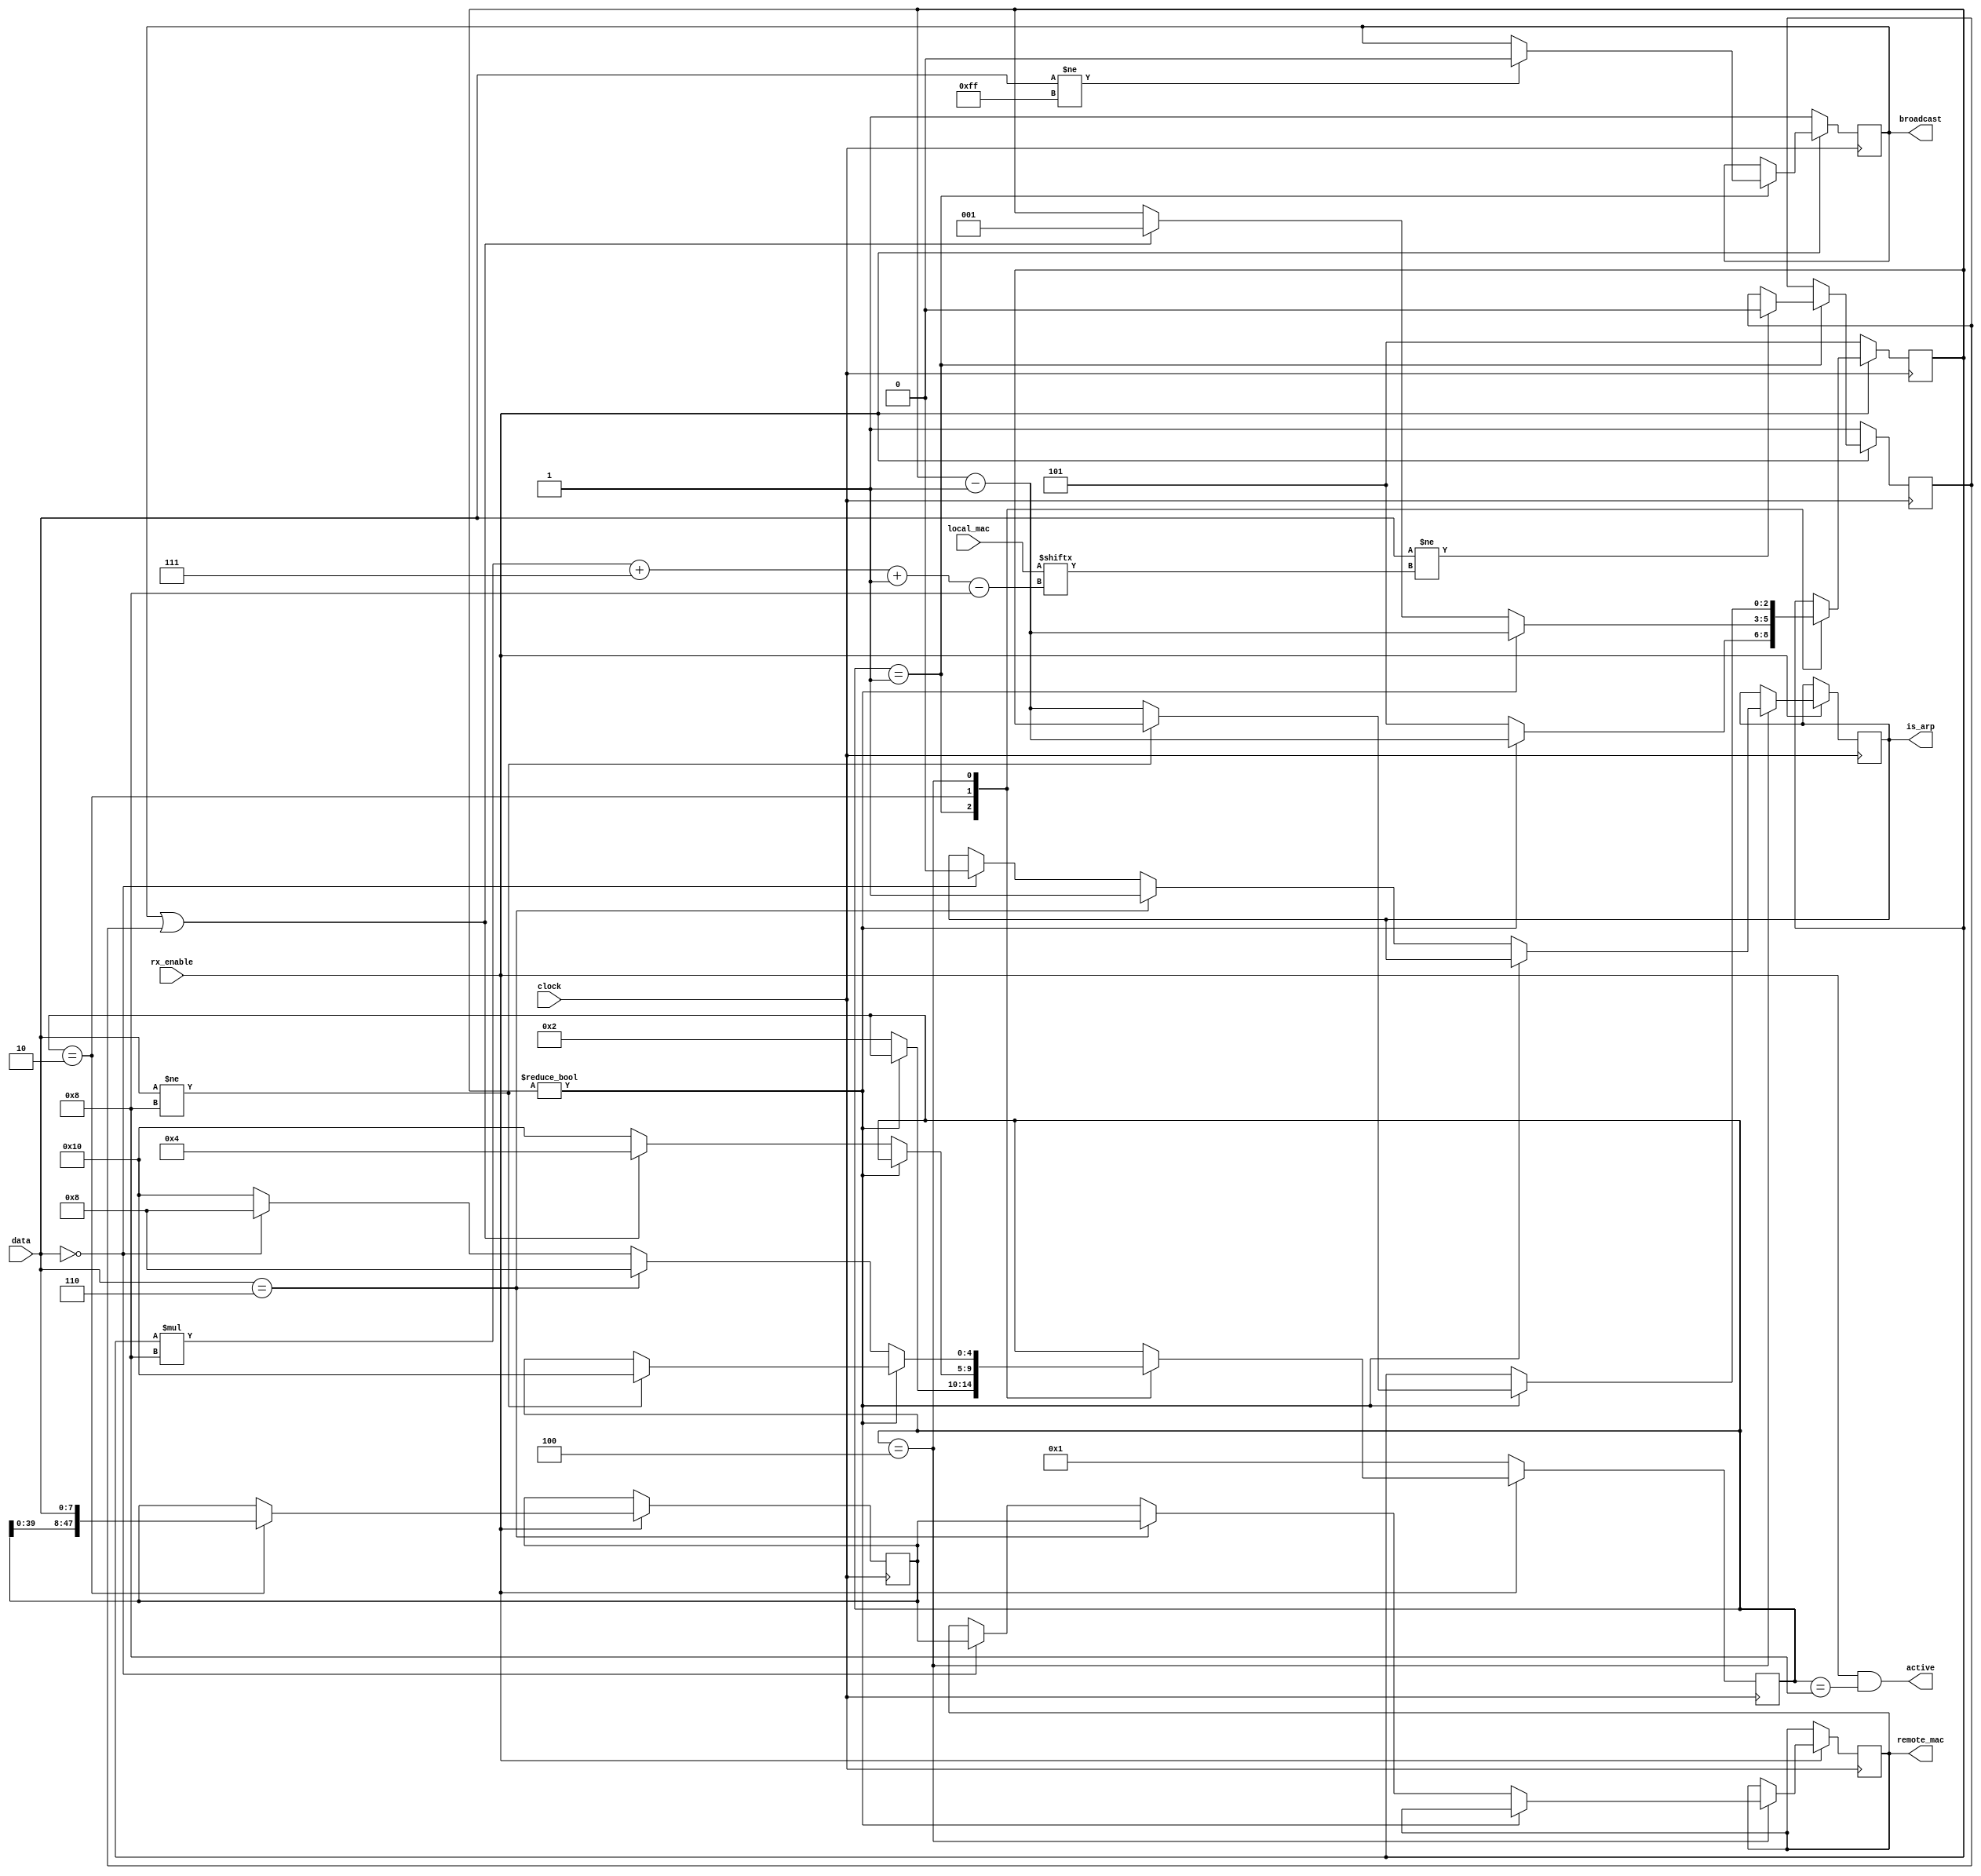
//
//  HPSDR - High Performance Software Defined Radio
//
//  Metis code. 
//
//  This program is free software; you can redistribute it and/or modify
//  it under the terms of the GNU General Public License as published by
//  the Free Software Foundation; either version 2 of the License, or
//  (at your option) any later version.
//
//  This program is distributed in the hope that it will be useful,
//  but WITHOUT ANY WARRANTY; without even the implied warranty of
//  MERCHANTABILITY or FITNESS FOR A PARTICULAR PURPOSE.  See the
//  GNU General Public License for more details.
//
//  You should have received a copy of the GNU General Public License
//  along with this program; if not, write to the Free Software
//  Foundation, Inc., 59 Temple Place, Suite 330, Boston, MA  02111-1307  USA


//  Metis code copyright 2010, 2011, 2012, 2013 Alex Shovkoplyas, VE3NEA.


//-----------------------------------------------------------------------------
// receive ethernet header; check destination mac address and discard packet
// if it is not for us; extract source mac address and packet type
//-----------------------------------------------------------------------------

module mac_recv(
  //input data stream
  input clock, 
  input rx_enable,
  input [7:0] data,

  //constant input parameter
  input [47:0] local_mac,

  //output
  output active,
  output reg broadcast,
  output reg is_arp,
  output reg [47:0] remote_mac
  );

  

  


//-----------------------------------------------------------------------------
//                            state machine
//-----------------------------------------------------------------------------
localparam ST_DST_ADDR = 5'd1, ST_SRC_ADDR = 5'd2, ST_PROTO = 5'd4, ST_PAYLOAD = 5'd8, ST_ERROR = 5'd16;
reg[4:0] state;

reg [2:0] byte_no;
reg unicast;
reg [47:0] temp_remote_mac;

localparam HI_MAC_BYTE = 3'd5, HI_PROTO_BYTE = 3'd1;
localparam false = 1'b0, true = 1'b1;

assign active = rx_enable & (state == ST_PAYLOAD);


always @(posedge clock)
  if (rx_enable)
    case (state)
      ST_DST_ADDR:
        begin
        //is broadcast addr
        if (data != 8'hFF) broadcast <= false;
        //is local mac addr
        if (data != local_mac[byte_no*8+7 -: 8]) unicast <= false; 
        //continue
        if (byte_no != 0) byte_no <= byte_no - 3'd1; 
        //dst addr done
        else begin byte_no <= HI_MAC_BYTE; state <= ST_SRC_ADDR; end
        end
        
      ST_SRC_ADDR:
        begin        
			  //save remote mac
			  temp_remote_mac <= {temp_remote_mac[39:0], data};
			  if (byte_no != 0) byte_no <= byte_no - 3'd1;
			  //good destination mac, protocol id follows
			  else if (broadcast | unicast) begin byte_no <= HI_PROTO_BYTE; state <= ST_PROTO; end
			  //bad destination mac, discard message
			  else state <= ST_ERROR;        
        end
        
      ST_PROTO:
			begin 
			  //protocol 0806 = arp, 0800 = ip
			  if (byte_no != 0) 
				 if (data != 8'h08) state <= ST_ERROR; 
				 else byte_no <= byte_no - 3'd1;
			  else if (data == 8'h06) begin
			  	 is_arp <= true; 
				 remote_mac <= temp_remote_mac;  // only update mac if protocol valid
				 state <= ST_PAYLOAD;
			  end
			  else if (data == 8'h00) begin
			  	 is_arp <= false;
				 remote_mac <= temp_remote_mac;  // only update mac if protocol vaild
				 state <= ST_PAYLOAD;
			  end
			  else state <= ST_ERROR;
		  end
      endcase
      
  else //!rx_enable 
    begin
    broadcast <= true;
    unicast <= true;
    byte_no <= HI_MAC_BYTE;
    state <= ST_DST_ADDR;
    end
    
  
  
endmodule